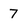
Character: 7